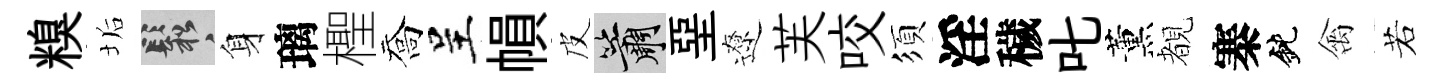
糗垢鬆身璃檉喬呈𢄙皮簫堊遼芙咬須淫穢叱薰覩寨鈍禽若